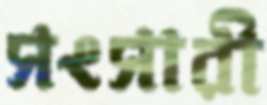
সংসারী